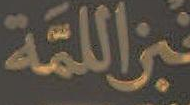
اللمة